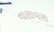
તાણાવાણા